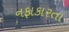
નફાકારતા